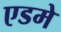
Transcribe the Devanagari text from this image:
एडमे